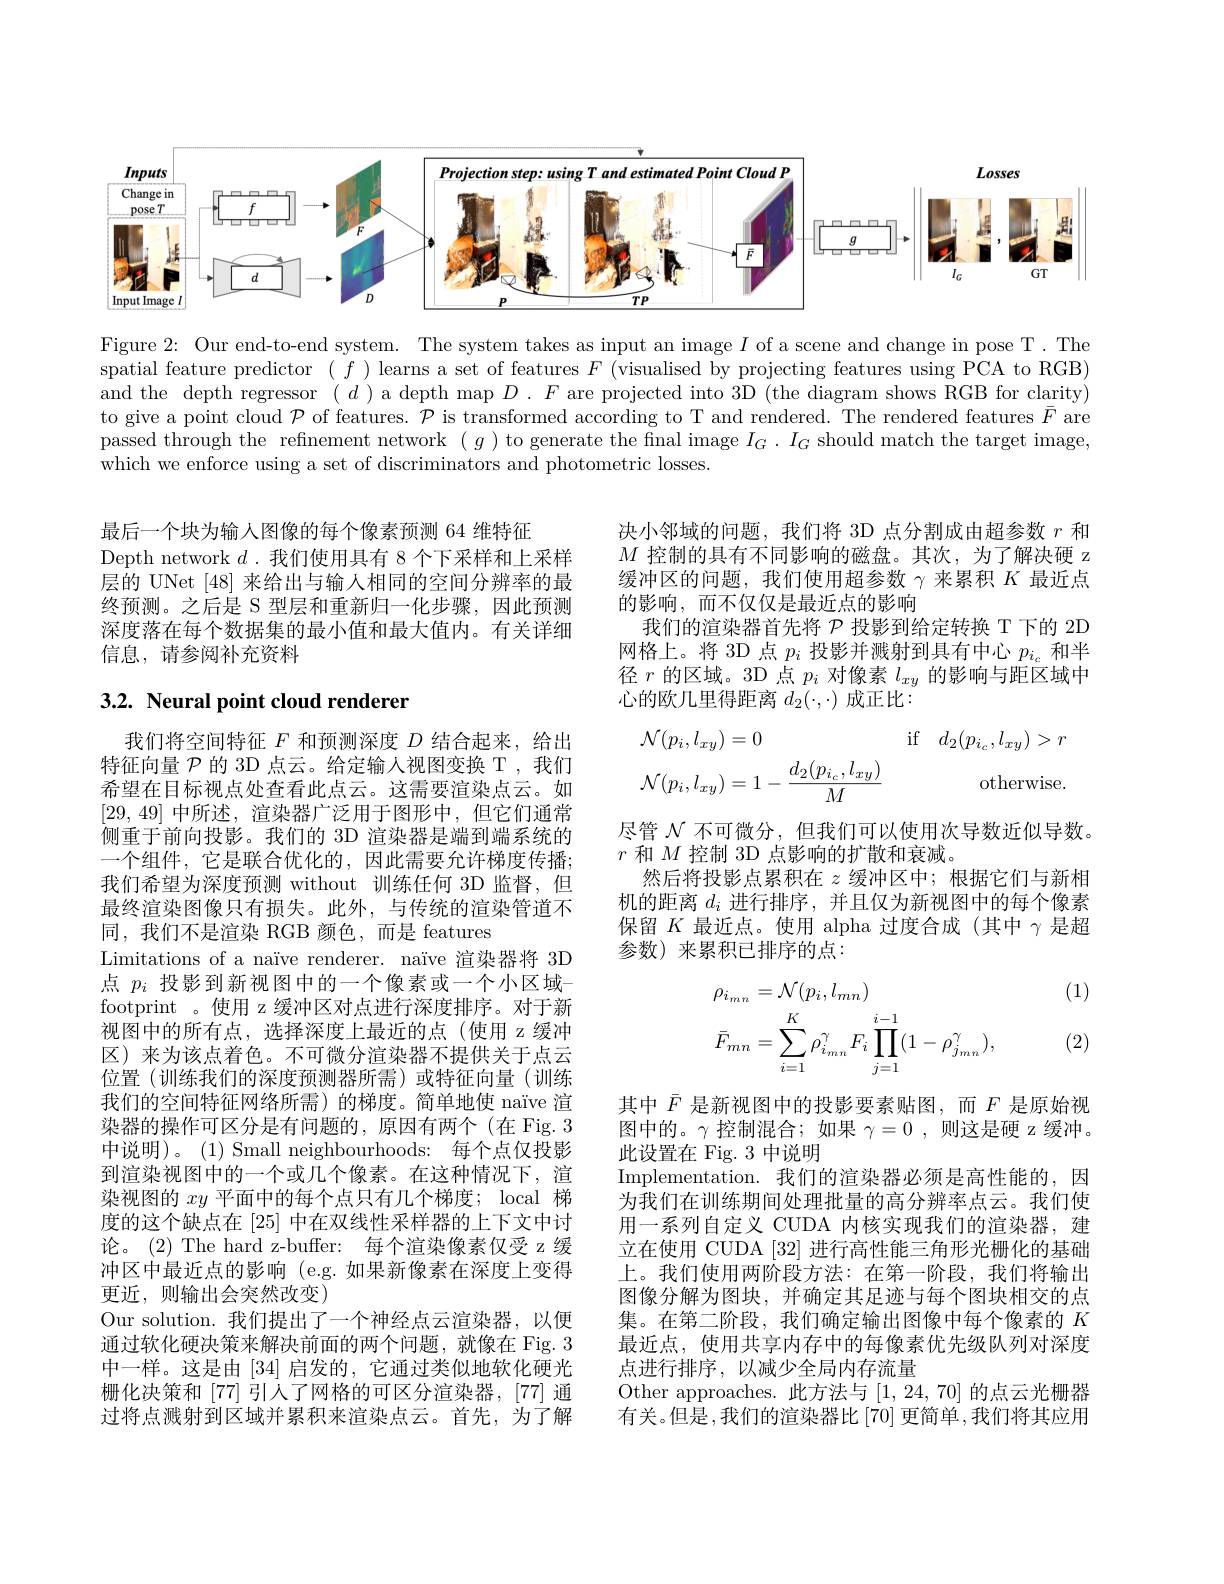
<FigureHere>

Figure 2: Our end-to-end system. The system takes as input an image $I$ of a scene and change in pose T. The spatial feature predictor $(f)$ learns a set of features $F$ (visualised by projecting features using PCA to RGB) and the depth regressor $(d)$ a depth map $D.F$ are projected into 3D (the diagram shows RGB for clarity) to give a point cloud $\mathcal{P}$ of features. $\mathcal{P}$ is transformed according to T and rendered. The rendered features $\bar{F}$ are passed through the refinement network $(g)$ to generate the final image $I_G.I_G$ should match the target image, which we enforce using a set of discriminators and photometric losses.

最后一个块为输入图像的每个像素预测 64 维特征
Depth network $d$ .我们使用具有 8 个下采样和上采样层的 UNet [48]来给出与输入相同的空间分辨率的最终预测。之后是 S 型层和重新归一化步骤，因此预测深度落在每个数据集的最小值和最大值内。有关详细信息，请参阅补充资料

## $3. 2. \textbf{ Neural point cloud renderer}$

我们将空间特征$F$和预测深度$D$结合起来，给出特征向量$\mathcal{P}$的 3D 点云。给定输人视图变换 T,我们希望在目标视点处查看此点云。这需要渲染点云。如[29,49]中所述，渲染器广泛用于图形中，但它们通常侧重于前向投影。我们的 3D 渲染器是端到端系统的一个组件，它是联合优化的，因此需要允许梯度传播； 我们希望为深度预测 without 训练任何 3D 监督，但最终渲染图像只有损失。此外，与传统的渲染管道不同，我们不是渲染 RGB 颜色，而是 features
Limitations of a naïve renderer. naïve 渲染器将 3D 点$p_i$投影到新视图中的一个像素或一个小区域footprint 。使用 z 缓冲区对点进行深度排序。对于新视图中的所有点，选择深度上最近的点(使用 z 缓冲区)来为该点着色。不可微分渲染器不提供关于点云位置(训练我们的深度预测器所需)或特征向量(训练我们的空间特征网络所需)的梯度。简单地使 naïve 渲染器的操作可区分是有问题的，原因有两个(在 Fig. 3中说明)。(1) Small neighbourhoods: 每个点仅投影到渲染视图中的一个或几个像素。在这种情况下，渲染视图的$xy$平面中的每个点只有几个梯度；local 梯度的这个缺点在[25] 中在双线性采样器的上下文中讨论。(2) The hard z-buffer: 每个渲染像素仅受 z 缓冲区中最近点的影响 (e.g.如果新像素在深度上变得更近，则输出会突然改变)
Our solution.我们提出了一个神经点云渲染器，以便通过软化硬决策来解决前面的两个问题，就像在 Fig. 3中一样。这是由[34] 启发的，它通过类似地软化硬光栅化决策和[77] 引人了网格的可区分渲染器，[77] 通过将点溅射到区域并累积来渲染点云。首先，为了解

决小邻域的问题，我们将 3D 点分割成由超参数$r$和$M$控制的具有不同影响的磁盘。其次，为了解决硬 z 缓冲区的问题，我们使用超参数$\gamma$来累积$K$最近点的影响，而不仅仅是最近点的影响
我们的渲染器首先将$\mathcal{P}$投影到给定转换 T 下的 2D 网格上。将 3D 点$p_i$投影并溅射到具有中心$p_i_c$和半径$r$的区域。3D 点$p_i$对像素$l_xy$的影响与距区域中心的欧几里得距离$d_2(\cdot,\cdot)$成正比：
$$\begin{aligned}&\mathcal{N}(p_{i},l_{xy})=0&&\mathrm{if}\quad d_{2}(p_{i_{c}},l_{xy})>r\\&\mathcal{N}(p_{i},l_{xy})=1-\frac{d_{2}(p_{i_{c}},l_{xy})}{M}&&\text{otherwise.}\end{aligned}$$
尽管$\mathcal{N}$不可微分，但我们可以使用次导数近似导数。
$r$和$M$控制 3D 点影响的扩散和衰减。
然后将投影点累积在$z$缓冲区中；根据它们与新相机的距离$d_i$进行排序，并且仅为新视图中的每个像素保留$K$最近点。使用 alpha 过度合成(其中$\gamma$是超参数)来累积已排序的点：

(1)
$$\begin{aligned}&\rho_{i_{mn}}=\mathcal{N}(p_{i},l_{mn})\\&\bar{F}_{mn}=\sum_{i=1}^{K}\rho_{i_{mn}}^{\gamma}F_{i}\prod_{j=1}^{i-1}(1-\rho_{j_{mn}}^{\gamma}),\end{aligned}$$
(2)

其中$\bar{F}$是新视图中的投影要素贴图，而$F$是原始视图中的。$\gamma$控制混合；如果$\gamma=0$,则这是硬 z 缓冲。此设置在 Fig. 3 中说明
Implementation.我们的渲染器必须是高性能的，因为我们在训练期间处理批量的高分辨率点云。我们使用一系列自定义 CUDA 内核实现我们的渲染器，建立在使用 CUDA [32] 进行高性能三角形光栅化的基础上。我们使用两阶段方法：在第一阶段，我们将输出图像分解为图块，并确定其足迹与每个图块相交的点集。在第二阶段，我们确定输出图像中每个像素的$K$ 最近点，使用共享内存中的每像素优先级队列对深度点进行排序，以减少全局内存流量
Other approaches.此方法与[1,24,70]的点云光栅器有关。但是，我们的渲染器比[70] 更简单，我们将其应用